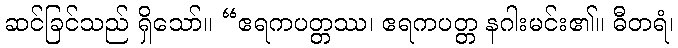
ဆင်ခြင်သည် ရှိသော်။ “ဧရကပတ္တဿ၊ ဧရကပတ္တ နဂါးမင်း၏။ ဓီတရံ၊